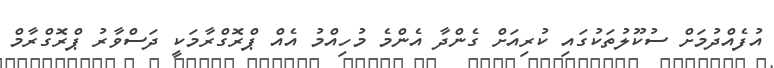
އުފެއްދުމަށް ސުކޫލުތަކުގައި ކުރިއަށް ގެންދާ އެންމެ މުހިއްމު އެއް ޕްރޮގްރާމަކީ ދަސްވާރު ޕްރޮގްރާމް